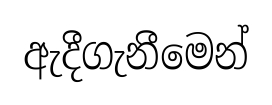
ඇදීගැනීමෙන්